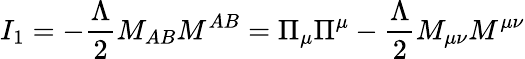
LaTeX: I_{1}=-\frac{\Lambda}{2}M_{AB}M^{AB}=\Pi_{\mu}\Pi^{\mu}-\frac{\Lambda}{2}M_{\mu\nu}M^{\mu\nu}